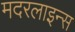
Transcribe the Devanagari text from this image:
मदरलाइन्स